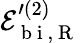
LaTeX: \mathcal{E}_{\mathrm{~b~i~},\mathrm{~R~}}^{\prime{(2)}}